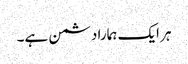
ہر ایک ہمارا دشمن ہے۔